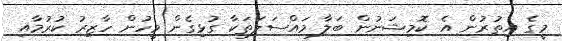
މީގެ އިތުރުން އެ ކޮމިޝަނުން ބަލާ މައްސަލަތަކާ ގުޅިގެން މީހުން ހާޒިރު ކުރުމާއި